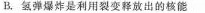
B.氢弹爆炸是利用裂变释放出的核能